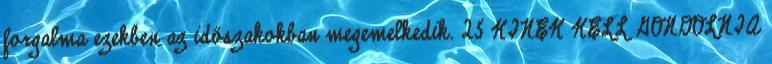
forgalma ezekben az időszakokban megemelkedik. 25 KINEK KELL GONDOLNIA